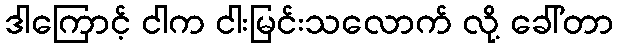
ဒါကြောင့် ငါက ငါးမြင်းသလောက် လို့ ခေါ်တာ